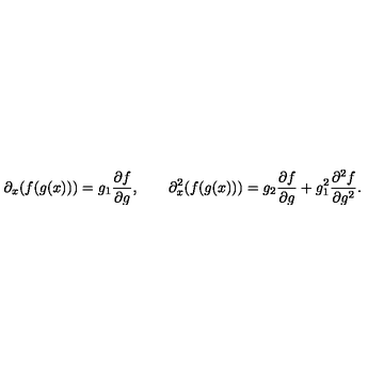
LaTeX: \partial _ { x } ( f ( g ( x ) ) ) = g _ { 1 } \frac { \partial f } { \partial g } , \qquad \partial _ { x } ^ { 2 } ( f ( g ( x ) ) ) = g _ { 2 } \frac { \partial f } { \partial g } + g _ { 1 } ^ { 2 } \frac { \partial ^ { 2 } f } { \partial g ^ { 2 } } .